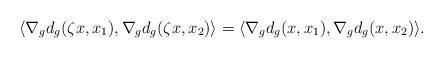
LaTeX: \begin{align*}\langle \nabla_g d_g(\zeta x,x_1), \nabla_g d_g(\zeta x,x_2)\rangle=\langle \nabla_g d_g(x,x_1), \nabla_g d_g( x,x_2)\rangle.\end{align*}